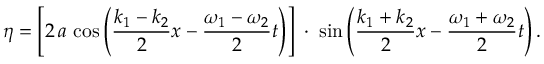
\eta = \left[ 2 \, a \, \cos \left( { \frac { k _ { 1 } - k _ { 2 } } { 2 } } x - { \frac { \omega _ { 1 } - \omega _ { 2 } } { 2 } } t \right) \right] \; \cdot \; \sin \left( { \frac { k _ { 1 } + k _ { 2 } } { 2 } } x - { \frac { \omega _ { 1 } + \omega _ { 2 } } { 2 } } t \right) .